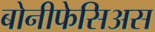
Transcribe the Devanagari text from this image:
बोनीफेसिअस